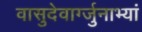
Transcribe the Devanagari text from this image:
वासुदेवार्ग्जुनाभ्यां